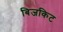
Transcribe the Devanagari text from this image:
बिजकिट